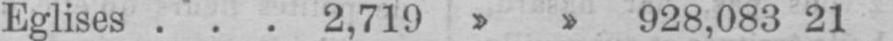
Eglises 2,719 928,083 21